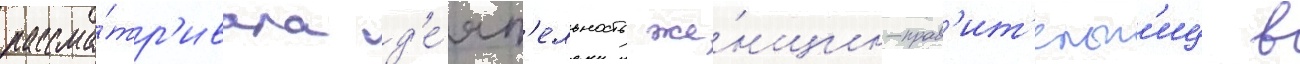
рассма́тр'ивала д'е́ят'ельность же́нщин-прав'ит'ельн'иц в